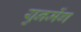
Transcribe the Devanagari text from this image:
युनमेंग